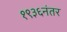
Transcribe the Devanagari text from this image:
१९३६नंतर